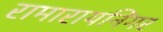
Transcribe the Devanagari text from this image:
रामारायनिंगर